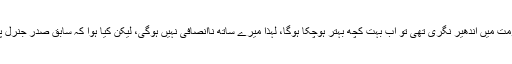
فیصلے میرٹ پر ہورہے ہوں گے اور اگر میرے دورِ حکومت میں اندھیر نگری تھی تو اب بہت کچھ بہتر ہوچکا ہوگا، لہٰذا میرے ساتھ ناانصافی نہیں ہوگی، لیکن کیا ہوا کہ سابق صدر جنرل پرویز مشرف کے ساتھ بھی بادشاہوں والا ہی سلوک کیا گیا۔